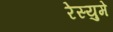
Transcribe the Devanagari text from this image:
रेस्युमे